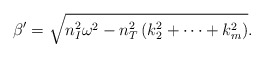
\begin{align*}\beta' = \sqrt{ n_I^2 \omega^2 - n_T^2\left(k_2^2+\cdots+k_m^2\right)}.\end{align*}